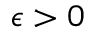
\epsilon > 0